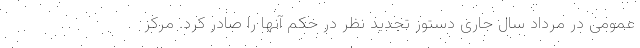
عمومی در مرداد سال جاری دستور تجدید نظر در حکم آنها را صادر کرد. مرکز